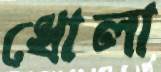
ধোলা